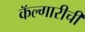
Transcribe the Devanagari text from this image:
कॅल्गारीची